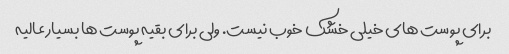
برای پوست های خیلی خشک خوب نیست. ولی برای بقیه پوست ها بسیار عالیه